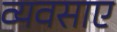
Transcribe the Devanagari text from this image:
व्यवसाए